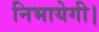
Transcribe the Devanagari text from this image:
निभायेगी।